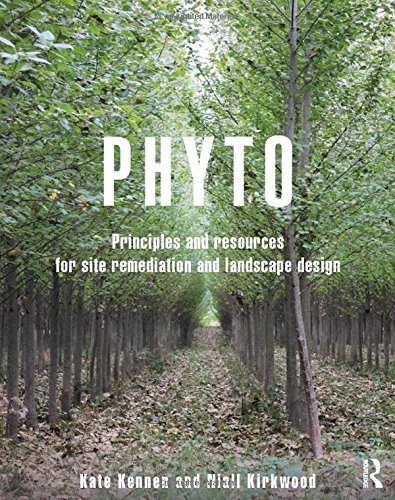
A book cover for Phyto: Principles and Resources for Site Remediation and Landscape Design; Kate Kennen; Crafts, Hobbies & Home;